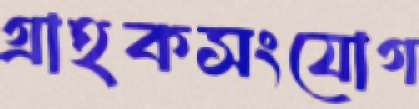
গ্রাহকসংযোগ